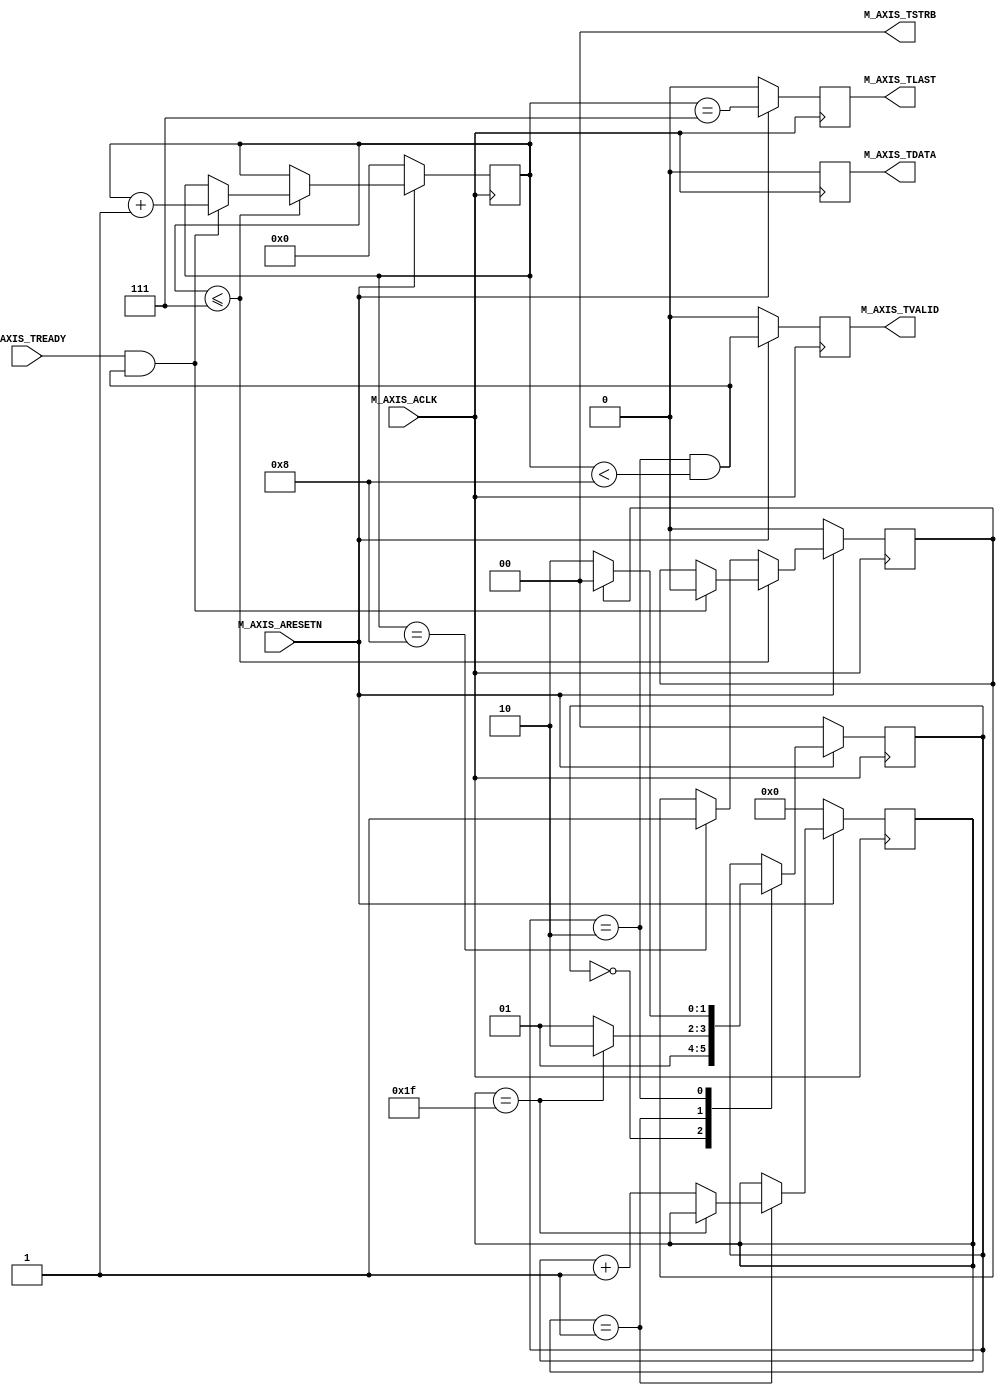
module AXIS_master #
	(
		// Users to add parameters here

		// User parameters ends
		// Do not modify the parameters beyond this line

		// Width of S_AXIS address bus. The slave accepts the read and write addresses of width C_M_AXIS_TDATA_WIDTH.
		parameter integer C_M_AXIS_TDATA_WIDTH	= 0,
		// Start count is the numeber of clock cycles the master will wait before initiating/issuing any transaction.
		parameter integer C_M_START_COUNT	= 32
	)
	(
		// Users to add ports here

		// User ports ends
		// Do not modify the ports beyond this line

		// Global ports
		input wire  M_AXIS_ACLK,
		// 
		input wire  M_AXIS_ARESETN,
		// Master Stream Ports. TVALID indicates that the master is driving a valid transfer, A transfer takes place when both TVALID and TREADY are asserted. 
		output wire  M_AXIS_TVALID,
		// TDATA is the primary payload that is used to provide the data that is passing across the interface from the master.
		output wire [(C_M_AXIS_TDATA_WIDTH-1 >= 0 ? C_M_AXIS_TDATA_WIDTH-1 : 0): 0] M_AXIS_TDATA,    //////bug!!!!!!
		// TSTRB is the byte qualifier that indicates whether the content of the associated byte of TDATA is processed as a data byte or a position byte.
		output wire [(C_M_AXIS_TDATA_WIDTH/8)-1 : 0] M_AXIS_TSTRB,
		// TLAST indicates the boundary of a packet.
		output wire  M_AXIS_TLAST,
		// TREADY indicates that the slave can accept a transfer in the current cycle.
		input wire  M_AXIS_TREADY
	);
	//Total number of output data.
	// Total number of output data                                                 
	localparam NUMBER_OF_OUTPUT_WORDS = 8;                                               
	                                                                                     
	// function called clogb2 that returns an integer which has the                      
	// value of the ceiling of the log base 2.                                           
	function integer clogb2 (input integer bit_depth);                                   
	  begin                                                                              
	    for(clogb2=0; bit_depth>0; clogb2=clogb2+1)                                      
	      bit_depth = bit_depth >> 1;                                                    
	  end                                                                                
	endfunction                                                                          
	                                                                                     
	// WAIT_COUNT_BITS is the width of the wait counter.                                 
	localparam integer WAIT_COUNT_BITS = clogb2(C_M_START_COUNT-1);                      
	                                                                                     
	// bit_num gives the minimum number of bits needed to address 'depth' size of FIFO.  
	localparam bit_num  = clogb2(NUMBER_OF_OUTPUT_WORDS);                                
	                                                                                     
	// Define the states of state machine                                                
	// The control state machine oversees the writing of input streaming data to the FIFO,
	// and outputs the streaming data from the FIFO                                      
	parameter [1:0] IDLE = 2'b00,        // This is the initial/idle state               
	                                                                                     
	                INIT_COUNTER  = 2'b01, // This state initializes the counter, ones   
	                                // the counter reaches C_M_START_COUNT count,        
	                                // the state machine changes state to INIT_WRITE     
	                SEND_STREAM   = 2'b10; // In this state the                          
	                                     // stream data is output through M_AXIS_TDATA   
	// State variable                                                                    
	reg [1:0] mst_exec_state;                                                            
	// Example design FIFO read pointer                                                  
	reg [bit_num-1:0] read_pointer;                                                      

	// AXI Stream internal signals
	//wait counter. The master waits for the user defined number of clock cycles before initiating a transfer.
	reg [WAIT_COUNT_BITS-1 : 0] 	count;
	//streaming data valid
	wire  	axis_tvalid;
	//streaming data valid delayed by one clock cycle
	reg  	axis_tvalid_delay;
	//Last of the streaming data 
	wire  	axis_tlast;
	//Last of the streaming data delayed by one clock cycle
	reg  	axis_tlast_delay;
	//FIFO implementation signals
	reg [(C_M_AXIS_TDATA_WIDTH-1 >= 0 ? C_M_AXIS_TDATA_WIDTH-1 : 0): 0] 	stream_data_out;
	wire  	tx_en;
	//The master has issued all the streaming data stored in FIFO
	reg  	tx_done;


	// I/O Connections assignments

	assign M_AXIS_TVALID	= axis_tvalid_delay;
	assign M_AXIS_TDATA	= stream_data_out;
	assign M_AXIS_TLAST	= axis_tlast_delay;
	assign M_AXIS_TSTRB	= {(C_M_AXIS_TDATA_WIDTH/8){1'b1}};


	// Control state machine implementation                             
	always @(posedge M_AXIS_ACLK)                                             
	begin                                                                     
	  if (!M_AXIS_ARESETN)                                                    
	  // Synchronous reset (active low)                                       
	    begin                                                                 
	      mst_exec_state <= IDLE;                                             
	      count    <= 0;                                                      
	    end                                                                   
	  else                                                                    
	    case (mst_exec_state)                                                 
	      IDLE:                                                               
	        // The slave starts accepting tdata when                          
	        // there tvalid is asserted to mark the                           
	        // presence of valid streaming data                               
	        //if ( count == 0 )                                                 
	        //  begin                                                           
	            mst_exec_state  <= INIT_COUNTER;                              
	        //  end                                                             
	        //else                                                              
	        //  begin                                                           
	        //    mst_exec_state  <= IDLE;                                      
	        //  end                                                             
	                                                                          
	      INIT_COUNTER:                                                       
	        // The slave starts accepting tdata when                          
	        // there tvalid is asserted to mark the                           
	        // presence of valid streaming data                               
	        if ( count == C_M_START_COUNT - 1 )                               
	          begin                                                           
	            mst_exec_state  <= SEND_STREAM;                               
	          end                                                             
	        else                                                              
	          begin                                                           
	            count <= count + 1;                                           
	            mst_exec_state  <= INIT_COUNTER;                              
	          end                                                             
	                                                                          
	      SEND_STREAM:                                                        
	        // The example design streaming master functionality starts       
	        // when the master drives output tdata from the FIFO and the slave
	        // has finished storing the S_AXIS_TDATA                          
	        if (tx_done)                                                      
	          begin                                                           
	            mst_exec_state <= IDLE;                                       
	          end                                                             
	        else                                                              
	          begin                                                           
	            mst_exec_state <= SEND_STREAM;                                
	          end                                                             
	    endcase                                                               
	end                                                                       


	//tvalid generation
	//axis_tvalid is asserted when the control state machine's state is SEND_STREAM and
	//number of output streaming data is less than the NUMBER_OF_OUTPUT_WORDS.
	assign axis_tvalid = ((mst_exec_state == SEND_STREAM) && (read_pointer < NUMBER_OF_OUTPUT_WORDS));
	                                                                                               
	// AXI tlast generation                                                                        
	// axis_tlast is asserted number of output streaming data is NUMBER_OF_OUTPUT_WORDS-1          
	// (0 to NUMBER_OF_OUTPUT_WORDS-1)                                                             
	assign axis_tlast = (read_pointer == NUMBER_OF_OUTPUT_WORDS-1);                                
	                                                                                               
	                                                                                               
	// Delay the axis_tvalid and axis_tlast signal by one clock cycle                              
	// to match the latency of M_AXIS_TDATA                                                        
	always @(posedge M_AXIS_ACLK)                                                                  
	begin                                                                                          
	  if (!M_AXIS_ARESETN)                                                                         
	    begin                                                                                      
	      axis_tvalid_delay <= 1'b0;                                                               
	      axis_tlast_delay <= 1'b0;                                                                
	    end                                                                                        
	  else                                                                                         
	    begin                                                                                      
	      axis_tvalid_delay <= axis_tvalid;                                                        
	      axis_tlast_delay <= axis_tlast;                                                          
	    end                                                                                        
	end                                                                                            


	//read_pointer pointer

	always@(posedge M_AXIS_ACLK)                                               
	begin                                                                            
	  if(!M_AXIS_ARESETN)                                                            
	    begin                                                                        
	      read_pointer <= 0;                                                         
	      tx_done <= 1'b0;                                                           
	    end                                                                          
	  else                                                                           
	    if (read_pointer <= NUMBER_OF_OUTPUT_WORDS-1)                                
	      begin                                                                      
	        if (tx_en)                                                               
	          // read pointer is incremented after every read from the FIFO          
	          // when FIFO read signal is enabled.                                   
	          begin                                                                  
	            read_pointer <= read_pointer + 1;                                    
	            tx_done <= 1'b0;                                                     
	          end                                                                    
	      end                                                                        
	    else if (read_pointer == NUMBER_OF_OUTPUT_WORDS)                             
	      begin                                                                      
	        // tx_done is asserted when NUMBER_OF_OUTPUT_WORDS numbers of streaming data
	        // has been out.                                                         
	        tx_done <= 1'b1;                                                         
	      end                                                                        
	end                                                                              


	//FIFO read enable generation 

	assign tx_en = M_AXIS_TREADY && axis_tvalid;   
	                                                     
	    // Streaming output data is read from FIFO       
	    always @( posedge M_AXIS_ACLK )                  
	    begin  
		  if (C_M_AXIS_TDATA_WIDTH == 0) stream_data_out <= 0;
		  else begin
			  if(!M_AXIS_ARESETN)                            
				begin                                        
				  stream_data_out <= 1;     //bug                 
				end                                          
			  else if (tx_en)// && M_AXIS_TSTRB[byte_index]  
				begin                                        
				  stream_data_out <= read_pointer + 32'b1;   
				end  
		  end
	    end                                              

	// Add user logic here

	// User logic ends

	endmodule